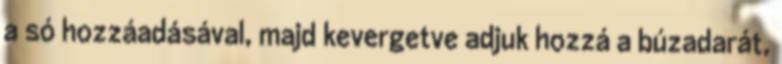
a só hozzáadásával, majd kevergetve adjuk hozzá a búzadarát,